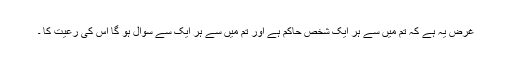
غرض یہ ہے کہ تم میں سے ہر ایک شخص حاکم ہے اور تم میں سے ہر ایک سے سوال ہو گا اس کی رعیت کا ۔